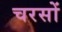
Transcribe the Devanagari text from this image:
चरसों